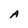
Character: A